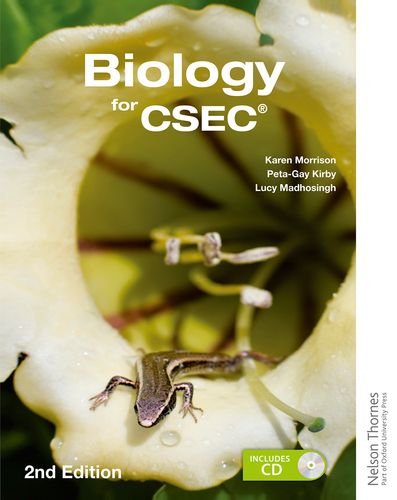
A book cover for Biology for CSEC 2nd Edition; Karen Morrison; Teen & Young Adult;